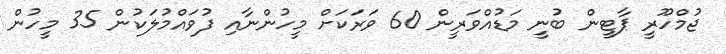
ޖުމްހޫރީ ޕާޓީން ބުނީ މަޑުއްވަރީން 60 ވަރަކަށް މީހުންނާއި ފުވައްމުލަކުން 35 މީހުން